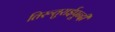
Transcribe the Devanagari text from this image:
तिरूतुराईपून्दी